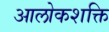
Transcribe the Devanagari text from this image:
आलोकशक्ति